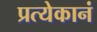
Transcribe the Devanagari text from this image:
प्रत्येकानं